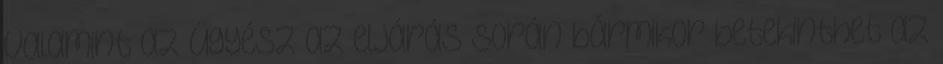
valamint az ügyész az eljárás során bármikor betekinthet az